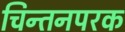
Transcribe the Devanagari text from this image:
चिन्तनपरक